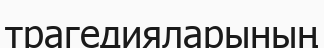
трагедияларының